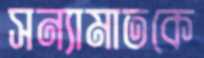
সন্যামাতকে